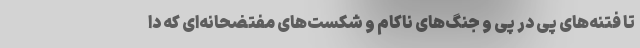
تا فتنه‌های پی در پی و جنگ‌های ناکام و شکست‌های مفتضحانه‌ای که دا